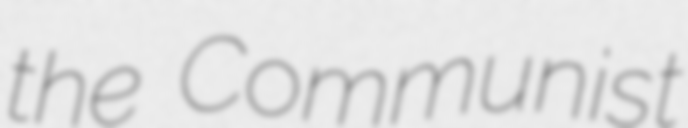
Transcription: the Communist